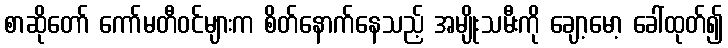
စာဆိုတော် ကော်မတီဝင်များက စိတ်နောက်နေသည့် အမျိုးသမီးကို ချော့မော့ ခေါ်ထုတ်၍